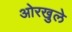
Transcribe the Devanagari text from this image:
ओरखुले